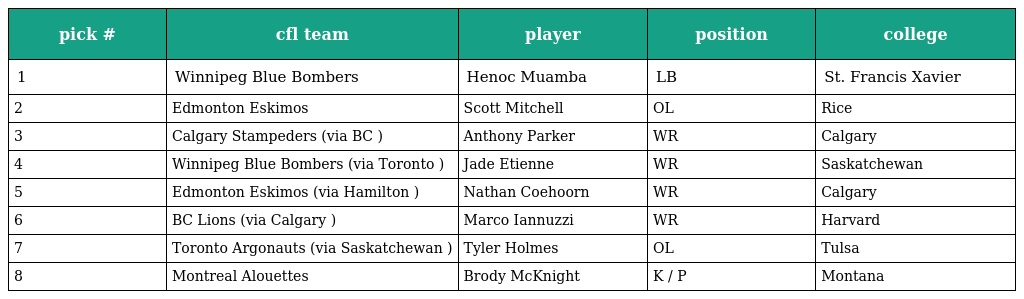
| pick # | cfl team | player | position | college |
 | --- | --- | --- | --- | --- |
 | 1 | Winnipeg Blue Bombers | Henoc Muamba | LB | St. Francis Xavier |
 | 2 | Edmonton Eskimos | Scott Mitchell | OL | Rice |
 | 3 | Calgary Stampeders (via BC ) | Anthony Parker | WR | Calgary |
 | 4 | Winnipeg Blue Bombers (via Toronto ) | Jade Etienne | WR | Saskatchewan |
 | 5 | Edmonton Eskimos (via Hamilton ) | Nathan Coehoorn | WR | Calgary |
 | 6 | BC Lions (via Calgary ) | Marco Iannuzzi | WR | Harvard |
 | 7 | Toronto Argonauts (via Saskatchewan ) | Tyler Holmes | OL | Tulsa |
 | 8 | Montreal Alouettes | Brody McKnight | K / P | Montana |